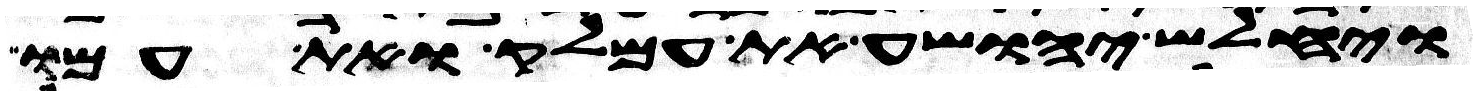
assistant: ויחלש יהושע את עמלק ואת עמו